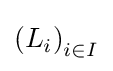
\left(L_{i}\right)_{i\in I}